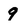
Character: 9